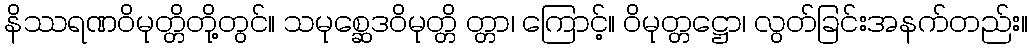
နိဿရဏဝိမုတ္တိတို့တွင်။ သမုစ္ဆေဒဝိမုတ္တိ တ္တာ၊ ကြောင့်။ ဝိမုတ္တဋ္ဌော၊ လွတ်ခြင်းအနက်တည်း။